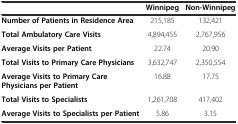
<table><thead><tr><td></td><td><b>Winnipeg</b></td><td><b>Non-Winnipeg</b></td></tr></thead><tbody><tr><td><b>Number of Patients in Residence Area</b></td><td>215,185</td><td>132,421</td></tr><tr><td><b>Total Ambulatory Care Visits</b></td><td>4,894,455</td><td>2,767,956</td></tr><tr><td><b>Average Visits per Patient</b></td><td>22.74</td><td>20.90</td></tr><tr><td><b>Total Visits to Primary Care Physicians</b></td><td>3,632,747</td><td>2,350,554</td></tr><tr><td><b>Average Visits to Primary Care Physicians per Patient</b></td><td>16.88</td><td>17.75</td></tr><tr><td><b>Total Visits to Specialists</b></td><td>1,261,708</td><td>417,402</td></tr><tr><td><b>Average Visits to Specialists per Patient</b></td><td>5.86</td><td>3.15</td></tr></tbody></table>